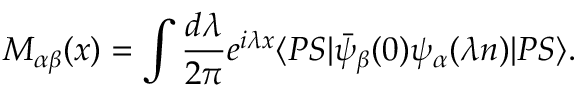
M _ { \alpha \beta } ( x ) = \int \frac { d \lambda } { 2 \pi } e ^ { i \lambda x } \langle P S | \bar { \psi } _ { \beta } ( 0 ) \psi _ { \alpha } ( \lambda n ) | P S \rangle .